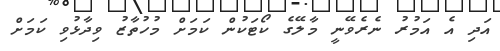
އަދި އެ އަމުރު ނެރެވޭނީ މާލޭގެ ކޯޓަކުން ކަމަށް މުހުތާޒު ވިދާޅުވި ކަމަށް